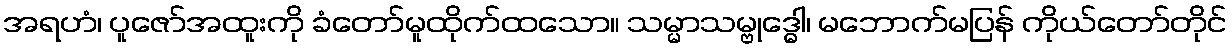
အရဟံ၊ ပူဇော်အထူးကို ခံတော်မူထိုက်ထသော။ သမ္မာသမ္ဗုဒ္ဓေါ၊ မဘောက်မပြန် ကိုယ်တော်တိုင်